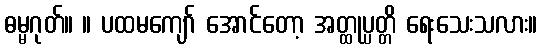
ဓမ္မဂုတ်။ ။ ပထမကျော် အောင်တော့ အတ္ထုပ္ပတ္တိ ရေးသေးသလား။